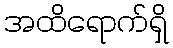
အထိရောက်ရှိ